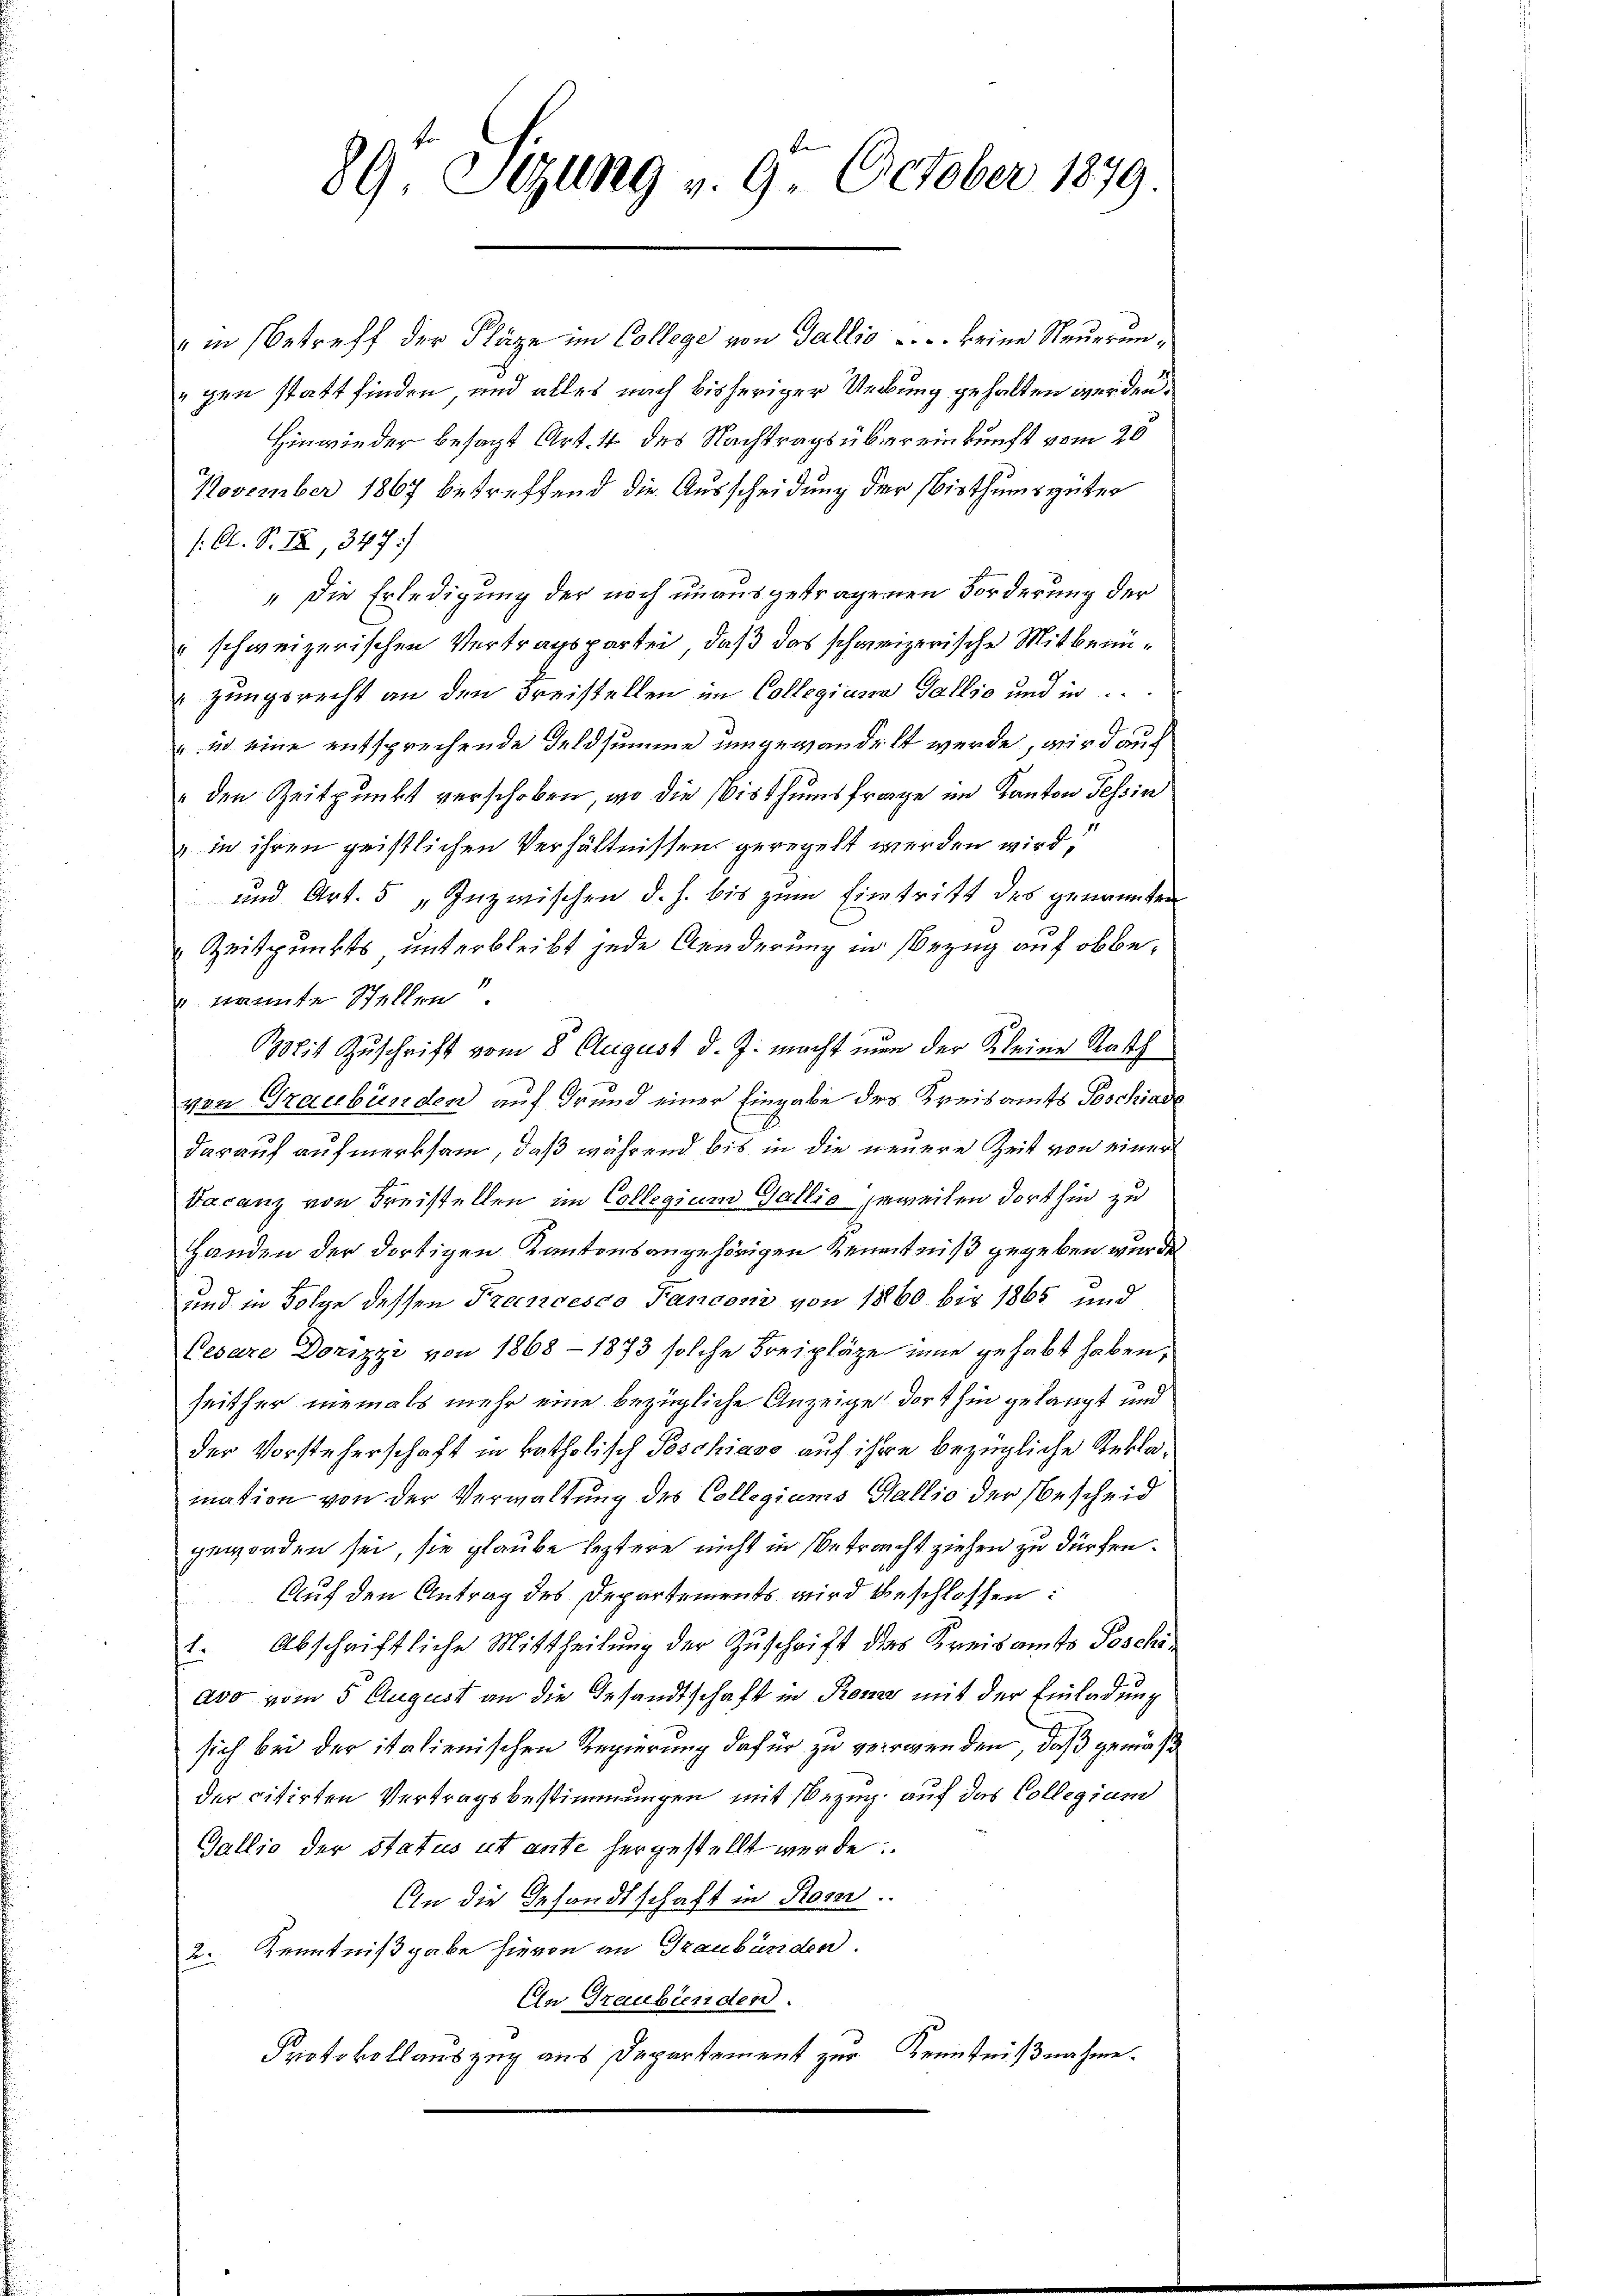
89. Sizung v. 9. October 1879.

" in Betreff der Kläge im College von Gallis . . . . keine Neuerungen statt finden, und alles nach bisheriger Uebung gehalten werden.
Hinwieder besagt Art. 4 des Nachtrags übereinkunft vom 26.
November 1867 betreffend die Ausscheidung der bisthumsgüter
/: A. S. IX, 347)
" die Erledigung der noch unausgetragenen Forderung der
schweizerischen Vertragspartei, daß das schweizerische Mitbenüzungsrecht an den Freistellen im Collegium Gallis und in
2 eine entsprechende Feldsumme umgewandelt werde, wird auch
 den Zeitpunkt verschoben, wo die Bisthumsfrage im Kanton Tessin
" in ihren geistlichen Verhältnissen geregelt werden wird;
und Art. 5 „Inzwischen d. h. bis zum Eintritt des genannten
Zeitpunkts unterbleibt jede Aenderung in Bezug auf obbe¬
 nannte Stellen“.
Mit Zuschrift vom 8 August d. J. macht nun der Kleine Rath
von Graubünden auf Grund einer Eingabe des Kreisamts Poschiede
darauf aufmerksam, daß während bis in die neuere Zeit von einer
Facanz von Freistellen im Collegium Gallis jeweilen dorthin zu
Handen der dortigen Kantonsangehörigen Kenntniß gegeben wurde
und in Folge dessen Francesco Fandoni von 1860 bis 1865 und
Cesare Dorizzi von 1868 - 1873 solche Freipläge inne gehabt haben,
seither niemals mehr eine bezügliche Anzeige dorthin gelangt und
der Vorsteherschaft in katholisch Poschiavo auf ihre bezügliche Reklamation von der Verwaltung des Collegiums Ballio der Bescheid
geworden sei, sie glaube leztere nicht in Betracht ziehen zu dürfen.
Auf den Antrag des Departements wird beschlossen:
1. Abschriftliche Mittheilung der Zuschrift des Kreisamts Poschiavo vom 5 August an die Gesandtschaft in Rom mit der Einladung
sich bei der italienischen Regierung dafür zu verwenden, daß gemäß
der citirten Vertragsbestimmungen mit Bezug auf das Collegium
Gallis der Status ut ante hergestellt werde
An die Gesandtschaft in Rom.
2. Kenntnißgabe hievon an Graubünden.
An Graubünden.
Protokollauszug aus Departement zur Kenntnißnahme.